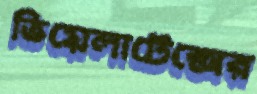
ভিয়েলাটেক্সের